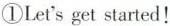
①Let's get started!